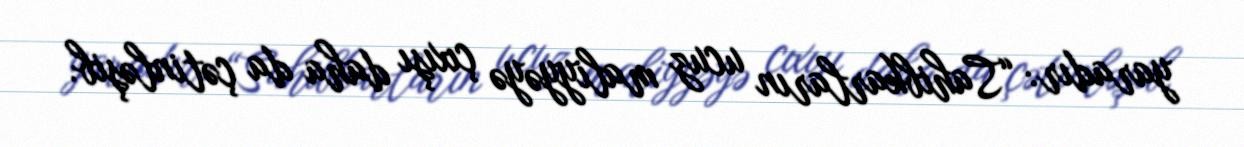
yaradır: “Sahibkarların ucuz maliyyəyə çıxışı daha da çətinləşib.